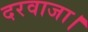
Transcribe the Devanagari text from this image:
दरवाजा।